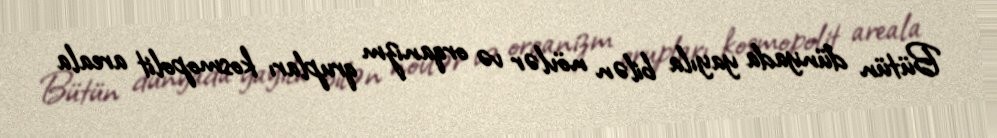
Bütün dünyada yayıla bilən növlər və orqanizm qrupları kosmopolit areala